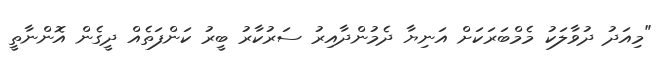
"މިއަދު ދުވާލަކު މެމްބަރަކަށް އަނިޔާ ދެމުންދާއިރު ސަރުކާރު ބީރު ކަންފަތެއް ދީގެން އޮންނާތީ